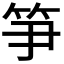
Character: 𥬁